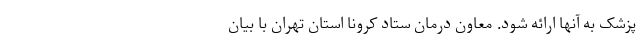
پزشک به آنها ارائه شود. معاون درمان ستاد کرونا استان تهران با بیان